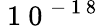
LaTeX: \mathrm{~1~0~}^{-\mathrm{~1~8~}}